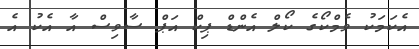
އެކަމަކު ވެމްކޯގެ ކޯލް އެންޑް ޕިކް އަޕް ސާވިސް އާ އެކު އެ